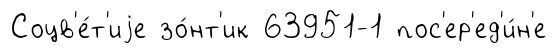
Соцв'е́т'иjе зо́нт'ик 63951-1 пос'ер'ед'и́н'е